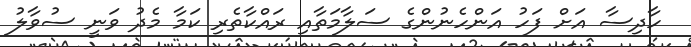
ހާދިސާ އަށް ފަހު އަންހެނުންގެ ސަލާމަތާއި ރަައްކާތެރި ކަމާ މެދު ވަނީ ސުވާލު